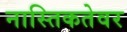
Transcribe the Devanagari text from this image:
नास्तिकतेवर